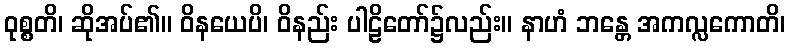
ဝုစ္စတိ၊ ဆိုအပ်၏။ ဝိနယေပိ၊ ဝိနည်း ပါဠိတော်၌လည်း။ နာဟံ ဘန္တေ အကလ္လကောတိ၊